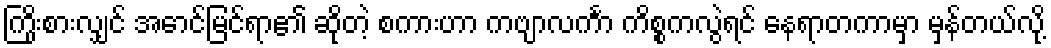
ကြိုးစားလျှင် အောင်မြင်ရာ၏ ဆိုတဲ့ စကားဟာ ကဗျာလင်္ကာ ကိစ္စကလွဲရင် နေရာတကာမှာ မှန်တယ်လို့